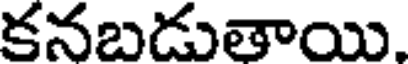
కనబడుతాయి.